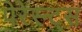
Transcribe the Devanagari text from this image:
पेरेस्न्ट्स